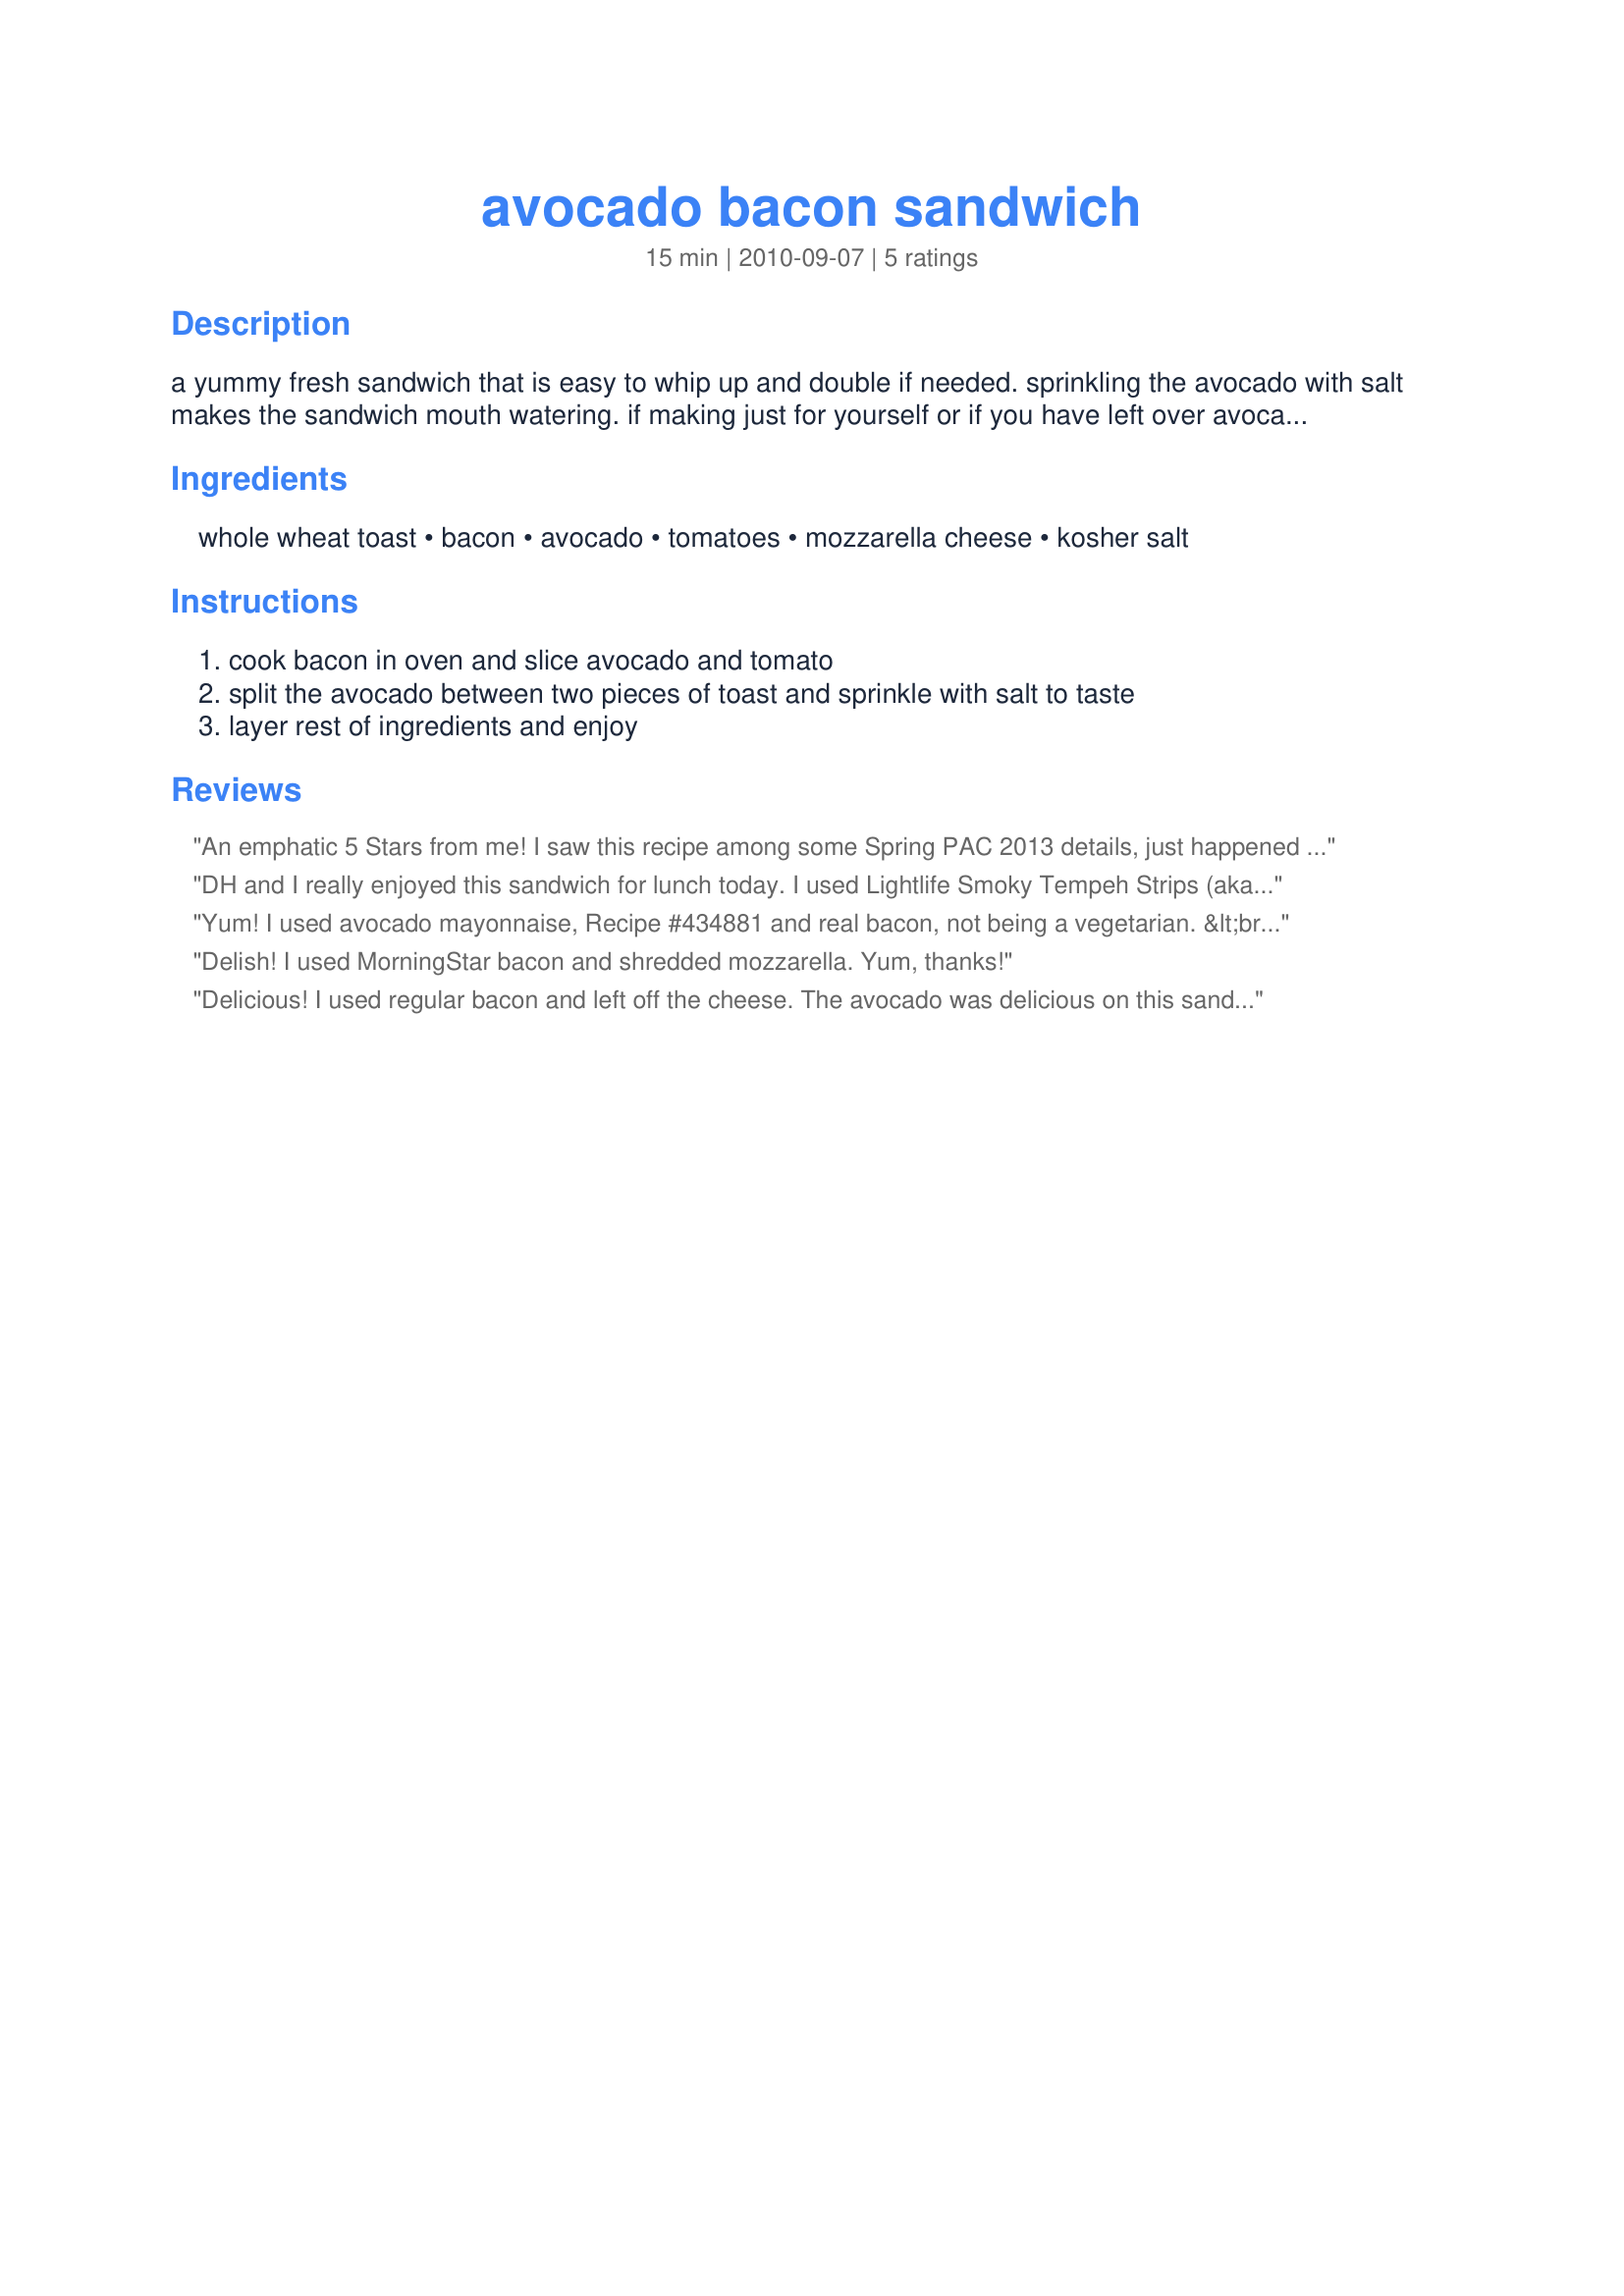
avocado bacon sandwich
Preparation time: 15 minutes

a yummy fresh sandwich that is easy to whip up and double if needed. sprinkling the avocado with salt makes the sandwich mouth watering. if making just for yourself or if you have left over avocados, leave them in their skin, sprinkle the flesh with lemon juice, wrap tight in tin foil, and place them in the fridge. this will prevent them from browning and you can enjoy the avocados the next day.

Ingredients:
whole wheat toast, bacon, avocado, tomatoes, mozzarella cheese, kosher salt

Steps:
cook bacon in oven and slice avocado and tomato, split the avocado between two pieces of toast and sprinkle with salt to taste, layer rest of ingredients and enjoy

Reviews:
An emphatic 5 Stars from me! I saw this recipe among some Spring PAC 2013 details, just happened to have some lovely avocado on-hand &amp; could not wait to make it. I used an artisan type bakery bread, real bacon cooked crisp &amp; thinly sliced Gouda cheese. This combo of ingredients is excellent &amp; the avocado keeps the sammie moist &amp; flavorful without the use of mayo (a big plus in my book). Thx for sharing this recipe w/us.
DH and I really enjoyed this sandwich for lunch today. I used Lightlife Smoky Tempeh Strips (aka Fakin Bacon), which worked really well and deli-sliced mozzarella on multi-grain bread. Yum. Served with a mediterranean bean salad. I&#039;ll be making this one again! Thanks!
Yum! I used avocado mayonnaise, Recipe #434881 and real bacon, not being a vegetarian. &lt;br/&gt;Very good, thanks for posting! Made for Spring PAC 2013
Delish! I used MorningStar bacon and shredded mozzarella. Yum, thanks!
Delicious! I used regular bacon and left off the cheese. The avocado was delicious on this sandwich. This was a perfect late lunch/early dinner for me! Thanks for sharing.
